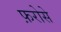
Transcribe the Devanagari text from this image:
फ़रोसे